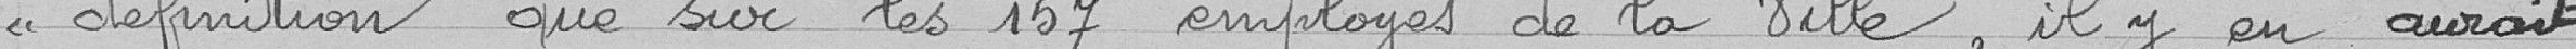
<< définition que sur les 157 employés de la Ville , il y en aurait